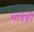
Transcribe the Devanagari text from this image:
भाडेही